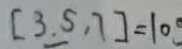
[ 3 , 5 , 7 ] = 1 0